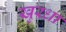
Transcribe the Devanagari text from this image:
खुरधा